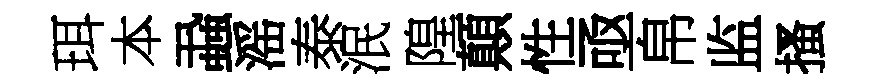
珥本蝨滛泰泯隍顛性亟帛监搔